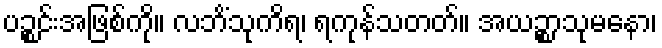
ပဉ္စင်းအဖြစ်ကို။ လဘိံသုကိရ၊ ရကုန်သတတ်။ အယဉ္စာသုမနော၊